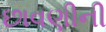
છાવણીની